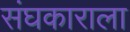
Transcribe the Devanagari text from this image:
संघकाराला